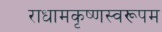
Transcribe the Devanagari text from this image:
राधामकृष्णस्वरूपम